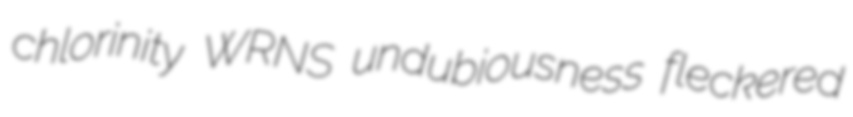
chlorinity WRNS undubiousness fleckered